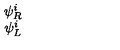
\begin{array} { c } { \psi _ { R } ^ { i } } \\ { \psi _ { L } ^ { i } } \\ \end{array}